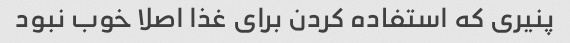
پنیری که استفاده کردن برای غذا اصلا خوب نبود